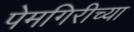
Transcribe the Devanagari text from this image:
पेमगिरीच्या